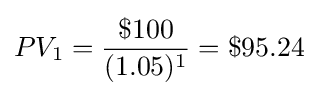
PV_{1}={\frac {\$100}{(1.05)^{1}}}=\$95.24